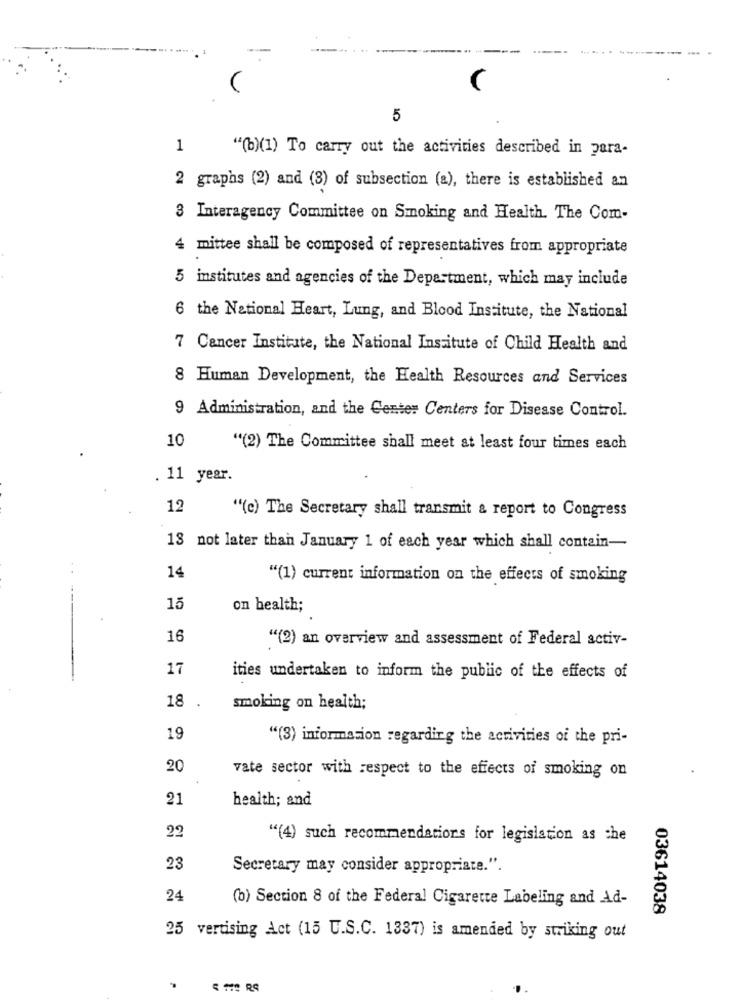
5
1
"(b)(1) To carry out the activities described in para-
2 graphs (2) and (3) of subsection (a), there is established an
3 Interagency Committee on Smoking and Health. The Com-
4 mittee shall be composed of representatives from appropriate
5 institutes and agencies of the Department, which may include
6 the National Heart, Lung, and Blood Institute, the National
7 Cancer Institute, the National Institute of Child Health and
8 Human Development, the Health Resources and Services
9 Administration, and the Center Centers for Disease Control.
10
"(2) The Committee shall meet at least four times each
. 11 year.
12
""(c) The Secretary shall transmit & report to Congress
13 not later than January 1 of each year which shall contain-
14
"(1) current information on the effects of smoking
15
on health;
16
"(2) an overview and assessment of Federal activ-
17
ities undertaken to inform the public of the effects of
18
.
smoking on health;
19
"(3) information regarding the activities of the pri-
20
vate sector with respect to the effects of smoking on
21
health; and
22
"(4) such recommendations for legislation as che
23
Secretary may consider appropriate.".
24
(b) Section 8 of the Federal Cigarette Labeling and Ad-
03614038
25 vertising Act (15 U.S.C. 1337) is amended by striking out